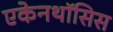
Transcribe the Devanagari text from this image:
एकेनथॉसिस